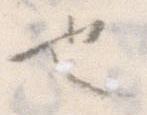
也